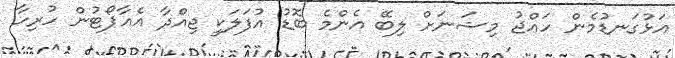
އަޅުގަނޑުމެން ހައްޖު މިޝަނަށް ލިބޭ އެންމެ ބޮޑު އުފަލަކީ ޖިއްދާ އެއާޕޯޓުން ހުރިހާ